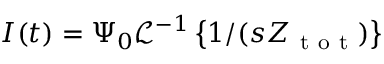
I ( t ) = \Psi _ { 0 } \mathcal { L } ^ { - 1 } \left\{ 1 / ( s Z _ { \mathrm { ~ t ~ o ~ t ~ } } ) \right\}